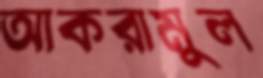
আকরামুল